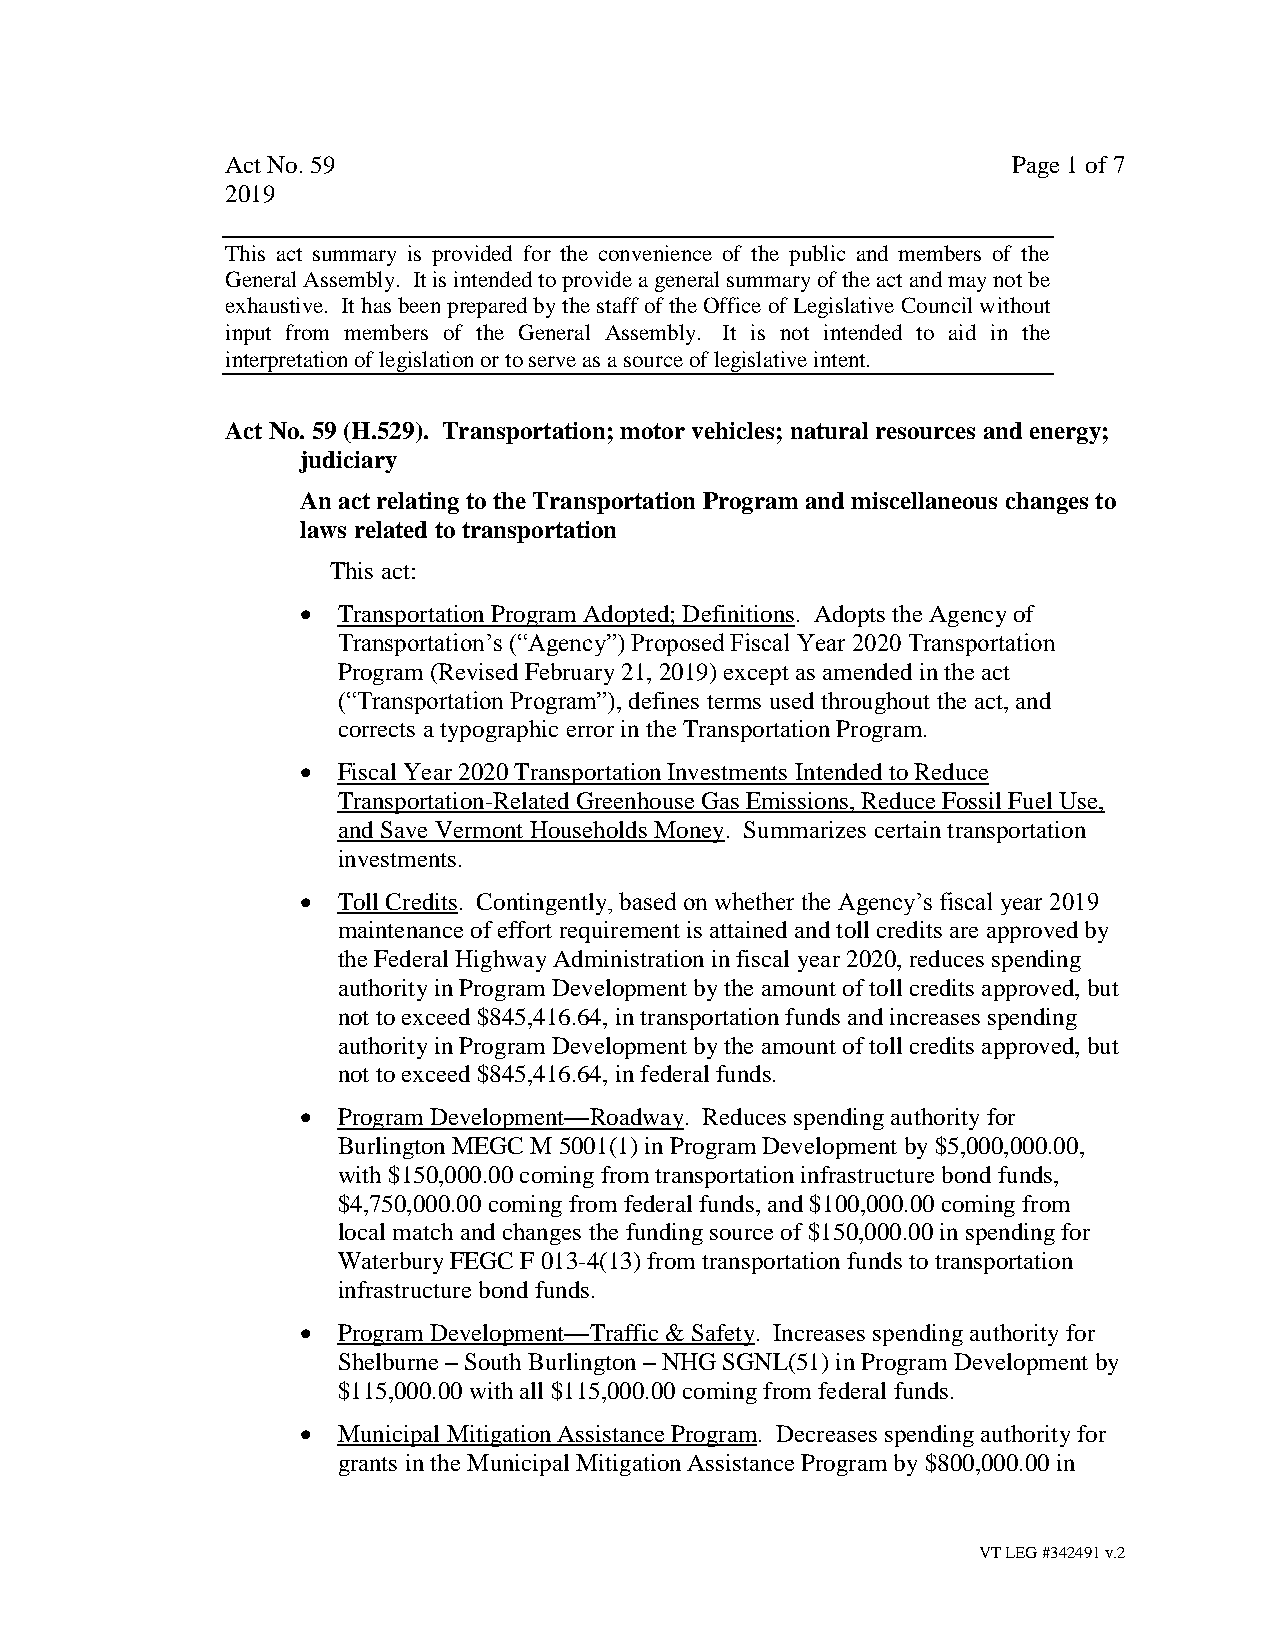
Act No. 59                                          Page 1 of 7
 2019
 This act summary is provided for the convenience of the public and members of the
 General Assembly. It is intended to provide a general summary of the act and may not be
 exhaustive. It has been prepared by the staff of the Office of Legislative Council without
 input from members of the General Assembly. It is not intended to aid in the
 interpretation of legislation or to serve as a source of legislative intent.
 Act No. 59 (H.529). Transportation; motor vehicles; natural resources and energy;
 judiciary
 An act relating to the Transportation Program and miscellaneous changes to
 laws related to transportation
 This act:
 • Transportation Program Adopted; Definitions. Adopts the Agency of
 Transportation’s (“Agency”) Proposed Fiscal Year 2020 Transportation
 Program (Revised February 21, 2019) except as amended in the act
 (“Transportation Program”), defines terms used throughout the act, and
 corrects a typographic error in the Transportation Program.
 • Fiscal Year 2020 Transportation Investments Intended to Reduce
 Transportation-Related Greenhouse Gas Emissions, Reduce Fossil Fuel Use,
 and Save Vermont Households Money. Summarizes certain transportation
 investments.
 • Toll Credits. Contingently, based on whether the Agency’s fiscal year 2019
 maintenance of effort requirement is attained and toll credits are approved by
 the Federal Highway Administration in fiscal year 2020, reduces spending
 authority in Program Development by the amount of toll credits approved, but
 not to exceed $845,416.64, in transportation funds and increases spending
 authority in Program Development by the amount of toll credits approved, but
 not to exceed $845,416.64, in federal funds.
 • Program Development—Roadway. Reduces spending authority for
 Burlington MEGC M 5001(1) in Program Development by $5,000,000.00,
 with $150,000.00 coming from transportation infrastructure bond funds,
 $4,750,000.00 coming from federal funds, and $100,000.00 coming from
 local match and changes the funding source of $150,000.00 in spending for
 Waterbury FEGC F 013-4(13) from transportation funds to transportation
 infrastructure bond funds.
 • Program Development—Traffic & Safety. Increases spending authority for
 Shelburne – South Burlington – NHG SGNL(51) in Program Development by
 $115,000.00 with all $115,000.00 coming from federal funds.
 • Municipal Mitigation Assistance Program. Decreases spending authority for
 grants in the Municipal Mitigation Assistance Program by $800,000.00 in
 VT LEG #342491 v.2